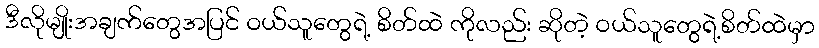
ဒီလိုမျိုးအချက်တွေအပြင် ဝယ်သူတွေရဲ့ စိတ်ထဲ ကိုလည်း ဆိုတဲ့ ဝယ်သူတွေရဲ့စိတ်ထဲမှာ